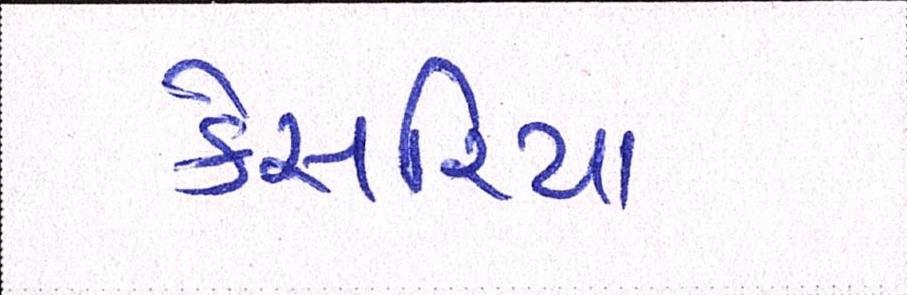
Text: કેસરિયા